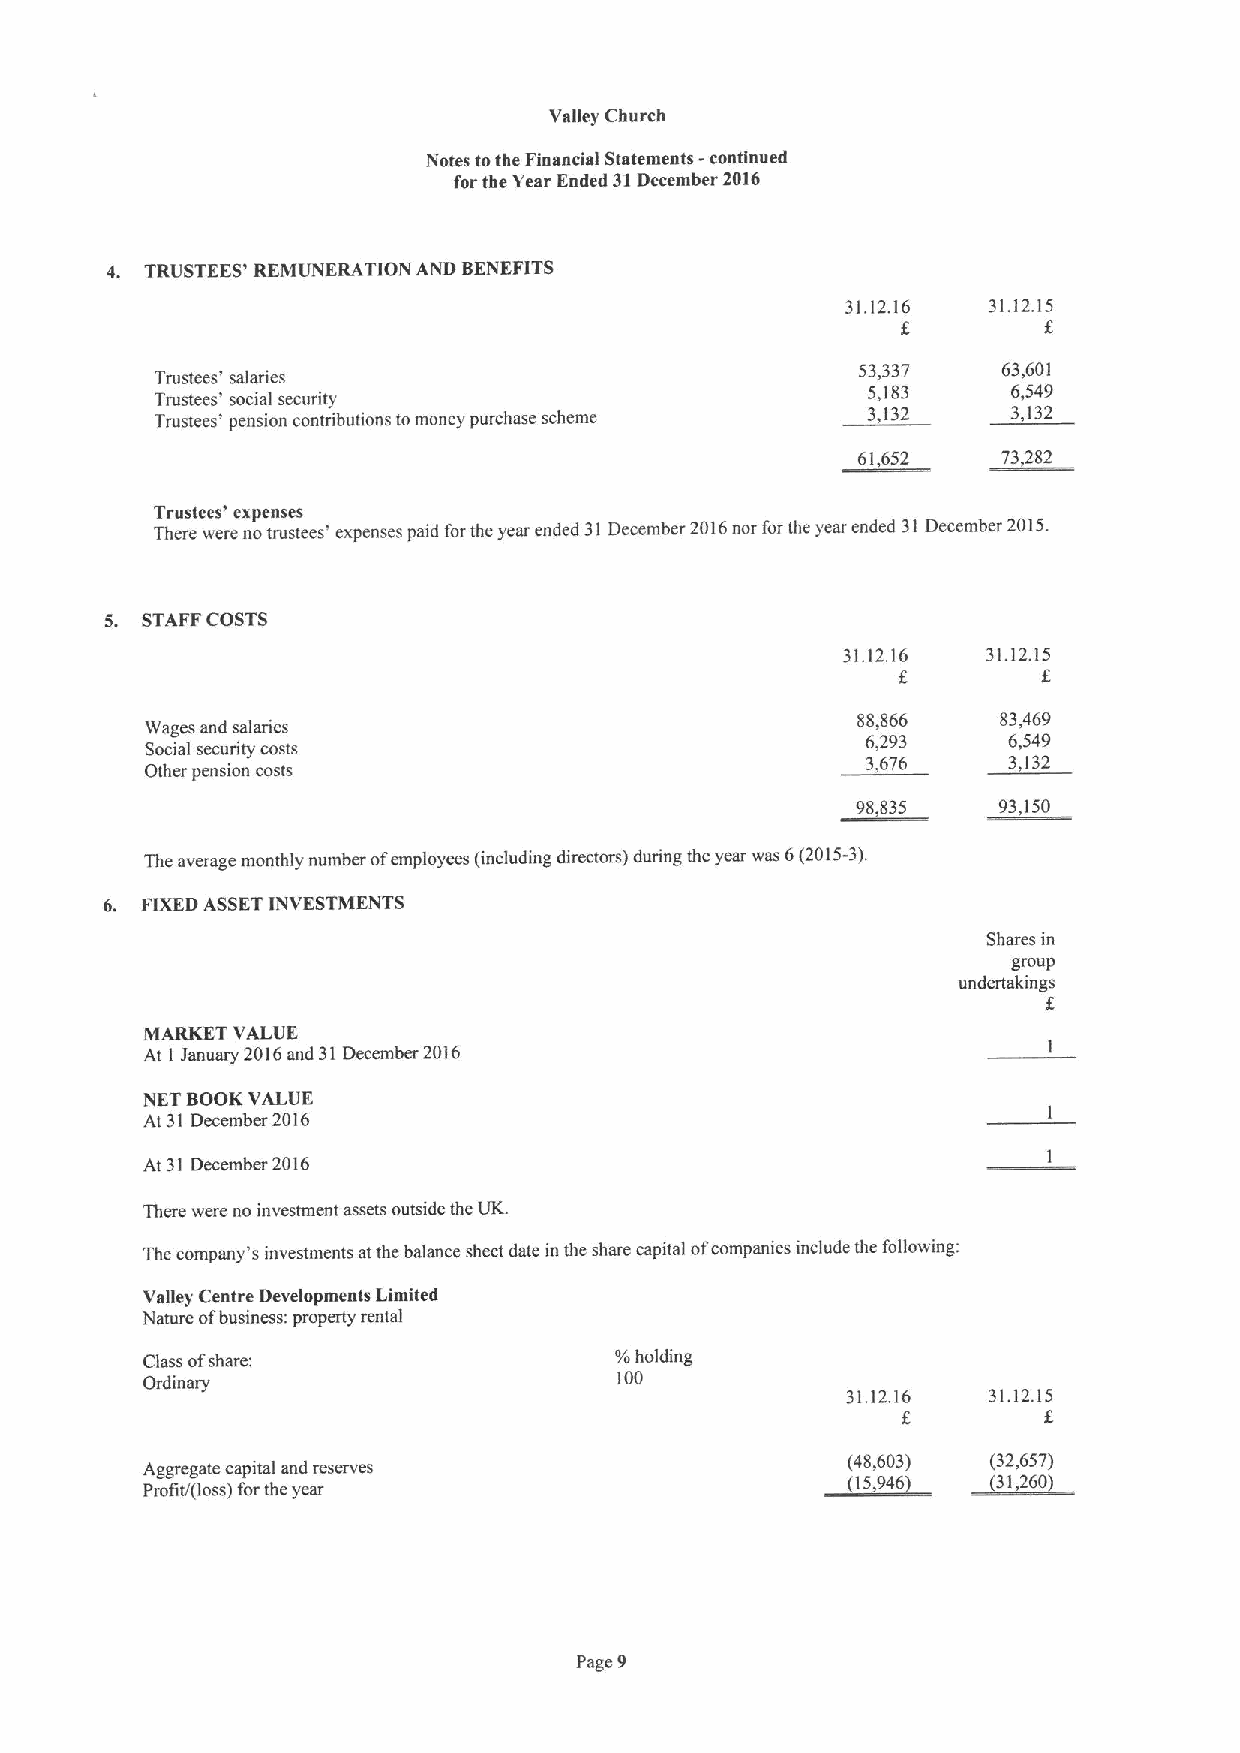
Valley Church
 Notes tothe Financial Statements -continued
 for the Year Ended 31December 2016
 4. TRUSTEES' REMUNERATION AND BENEFITS
 31.12.16 31.12.15
 Trustees' salaries
 53,337   63,601
 Trustees* social security
 5,183     6,549
 Trustees' pension contributions tomoney purchase scheme 3,132 3,132
 61,652   73,282
 Trustees' expenses
 There were no trustees' expenses paid forthe year ended 31December 2016nor for the year ended 31December 2015.
 5. STAFFCOSTS
 31.12.16 31.12.15
 f         5
 88,866   83,469
 Wages and salaries
 Social security costs
 6,293     6,549
 3,676     3,132
 Other pension costs
 98,835   93,150
 The average monthly number ofemployetn (including directors) during the year was 6(2015-3).
 6. FIXEDASSETINVESTMENTS
 Shares in
 group
 undertakings
 f
 MARKET VALUE
 At 1 January 2016and 31December 2016
 NET BOOKVALUE
 At 31 December 2016
 At 31December 2016
 There were no investment assets outside the UK.
 The company's investments atthe balance sheet date in the share capital ofcompanies include the following:
 Valley Centre Developments Limited
 Nature ofbusiness: property rental
 Class ofshare;                  %holding
 100
 Ordinary
 31.12.16 31.12.15
 f        f
 Aggregate capital and reserves                ~1(4 58 %,60 63) ~(332.,657)
 Profit/(loss) forthe year                                  26tl
 Page 9